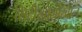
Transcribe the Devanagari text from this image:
सिटीखालोखाल